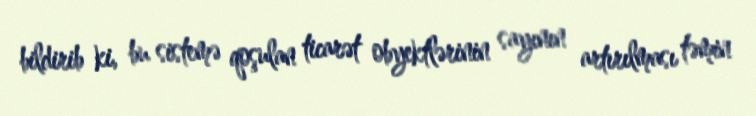
bildirib ki, bu sistemə qoşulan ticarət obyektlərinin sayının artırılması təmin